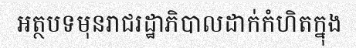
អត្ថបទមុនរាជរដ្ឋាភិបាលដាក់កំហិតក្នុង